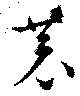
恭